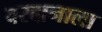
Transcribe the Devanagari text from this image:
वरदानाला